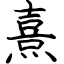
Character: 熹